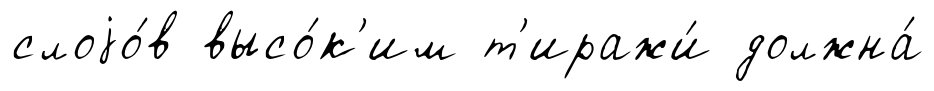
слоjо́в высо́к'им т'иражи́ должна́